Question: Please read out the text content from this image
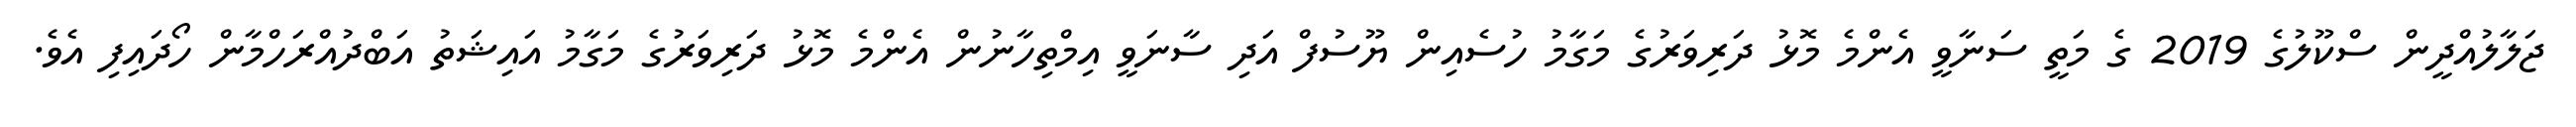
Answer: ޖަލާލުއްދީން ސްކޫލުގެ 2019 ގެ މަތީ ސަނާވީ އެންމެ މޮޅު ދަރިވަރުގެ މަގާމު ހުސެއިން ޔޫސުފް އަދި ސާނަވީ އިމްތިހާނުން އެންމެ މޮޅު ދަރިވަރުގެ މަގާމު އައިޝަތު އަބްދުއްރަހްމާން ހޯދައިފި އެވެ.